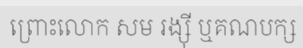
ព្រោះលោក សម រង្ស៊ី ឬគណបក្ស